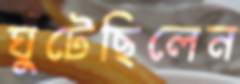
ঘুঁটেছিলেন